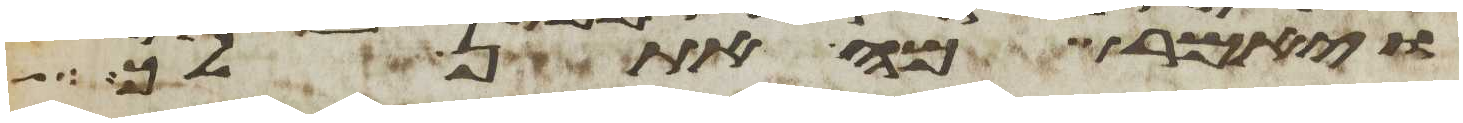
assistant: ויאמר מה אתן לך